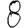
Digit: 8